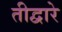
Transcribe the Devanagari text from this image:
तीद्वारे